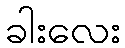
ခါးလေး